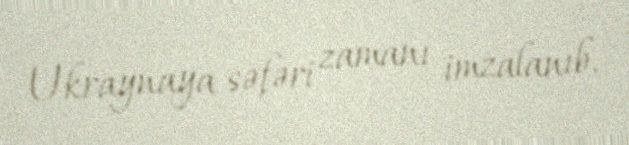
Ukraynaya səfəri zamanı imzalanıb.